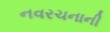
નવરચનાની